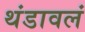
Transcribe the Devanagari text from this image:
थंडावलं